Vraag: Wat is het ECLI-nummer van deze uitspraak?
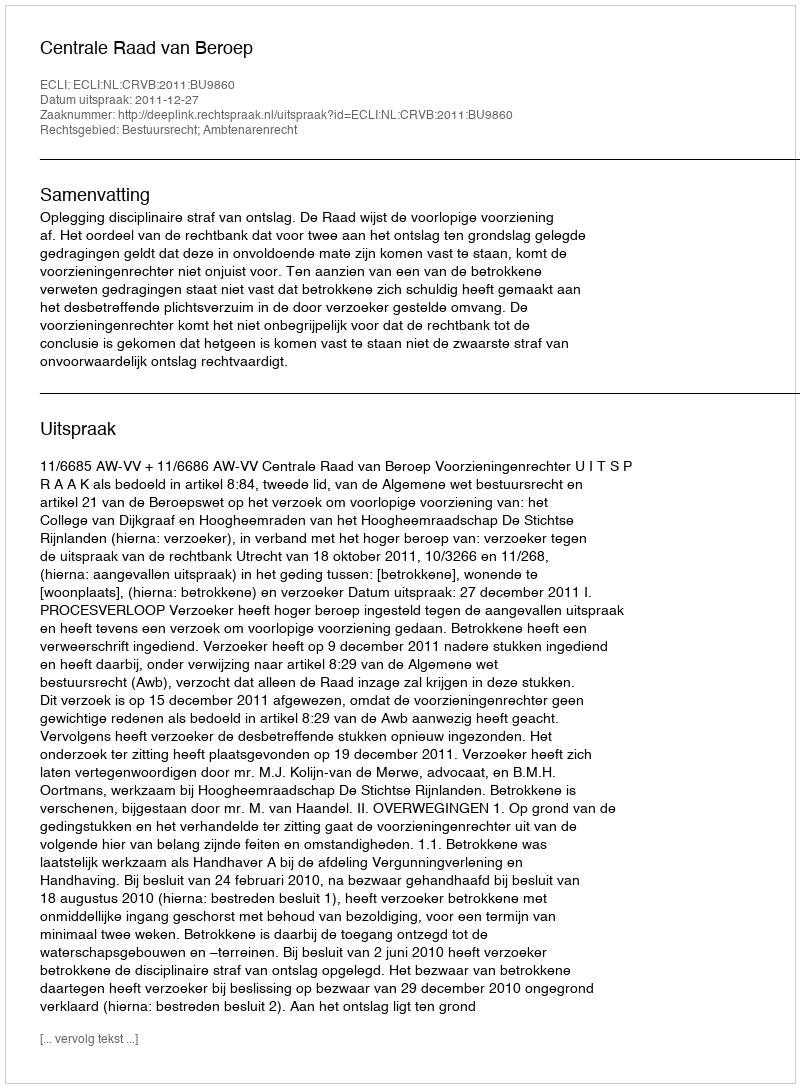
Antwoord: ECLI:NL:CRVB:2011:BU9860